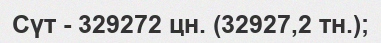
Сүт - 329272 цн. (32927,2 тн.);